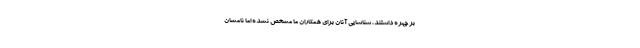
بر چهره داشتند، شناسایی آنان برای همکاران ما مشخص نشده اما نامشان